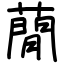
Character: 蕑